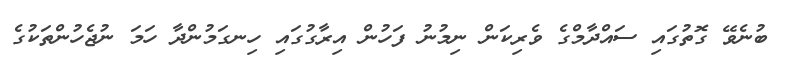
ބުނެވޭ ގޮތުގައި ސައްދާމްގެ ވެރިކަން ނިމުނު ފަހުން އިރާގުގައި ހިނގަމުންދާ ހަމަ ނުޖެހުންތަކުގެ